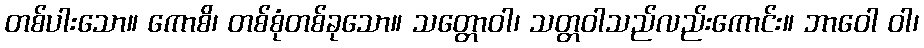
တစ်ပါးသော။ ကောစိ၊ တစ်စုံတစ်ခုသော။ သတ္တောဝါ၊ သတ္တဝါသည်လည်းကောင်း။ ဘာဝေါ ဝါ၊